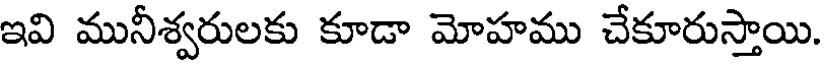
ఇవి మునీశ్వరులకు కూడా మోహము చేకూరుస్తాయి.